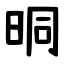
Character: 晍